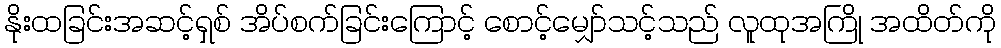
နိုးထခြင်းအဆင့်ရှစ် အိပ်စက်ခြင်းကြောင့် စောင့်မျှော်သင့်သည် လူထုအကြို အထိတ်ကို